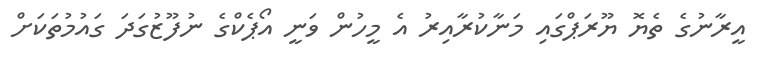
އީރާނުގެ ތެޔޮ ޔޫރަޕްގައި މަނާކުރާއިރު އެ މީހުން ވަނީ އޯޕެކްގެ ނުފޫޒުގަދަ ގައުމުތަކަށް